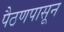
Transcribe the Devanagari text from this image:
पैठणपासून